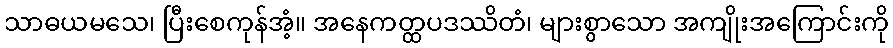
သာဓယမသေ၊ ပြီးစေကုန်အံ့။ အနေကတ္ထပဒဿိတံ၊ များစွာသော အကျိုးအကြောင်းကို